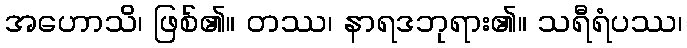
အဟောသိ၊ ဖြစ်၏။ တဿ၊ နာရဒဘုရား၏။ သရီရံပဿ၊